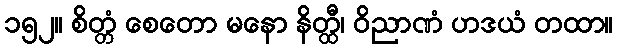
၁၅၂။ စိတ္တံ စေတော မနော နိတ္ထီ၊ ဝိညာဏံ ဟဒယံ တထာ။